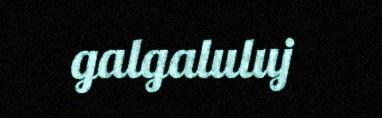
galgaluluj